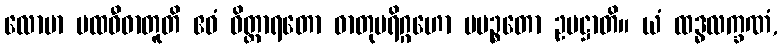
လောမာ ပထဝီဓာတူတိ ဧဝံ ဝိတ္ထာရတော ဓာတုပရိဂ္ဂဟော ပပဉ္စတော ဥပဋ္ဌာတိ။ ယံ ထဒ္ဓလက္ခဏံ,